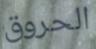
الحروق